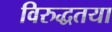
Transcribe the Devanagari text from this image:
विरुद्धतया